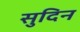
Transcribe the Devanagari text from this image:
सुदिन